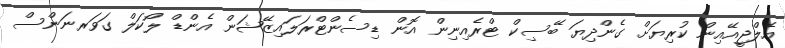
އެލްޖީއޭއިން ކުރިޔަށް ގެންދިޔަ ބޭސިކް ޓްރެއިނިން އޮން ޑިސެންޓްރަލައިޒޭޝަން އެންޑް ލޯކަލް ގަވަރނަންސް